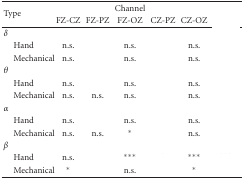
<table><thead><tr><td rowspan="2"><b>Type</b></td><td>[EMPTY_CELL]</td><td>[EMPTY_CELL]</td><td><b>Channel</b></td><td>[EMPTY_CELL]</td><td>[EMPTY_CELL]</td><td>[EMPTY_CELL]</td></tr><tr><td><b>FZ-CZ</b></td><td><b>FZ-PZ</b></td><td><b>FZ-OZ</b></td><td><b>CZ-PZ</b></td><td><b>CZ-OZ</b></td><td>[EMPTY_CELL]</td></tr></thead><tbody><tr><td><i>δ</i></td><td>[EMPTY_CELL]</td><td>[EMPTY_CELL]</td><td>[EMPTY_CELL]</td><td>[EMPTY_CELL]</td><td>[EMPTY_CELL]</td><td>[EMPTY_CELL]</td></tr><tr><td> Hand</td><td>n.s.</td><td>[EMPTY_CELL]</td><td>n.s.</td><td>[EMPTY_CELL]</td><td>n.s.</td><td>[EMPTY_CELL]</td></tr><tr><td> Mechanical</td><td>n.s.</td><td>[EMPTY_CELL]</td><td>n.s.</td><td>[EMPTY_CELL]</td><td>n.s.</td><td>[EMPTY_CELL]</td></tr><tr><td><i>θ</i></td><td>[EMPTY_CELL]</td><td>[EMPTY_CELL]</td><td>[EMPTY_CELL]</td><td>[EMPTY_CELL]</td><td>[EMPTY_CELL]</td><td>[EMPTY_CELL]</td></tr><tr><td> Hand</td><td>n.s.</td><td>[EMPTY_CELL]</td><td>n.s.</td><td>[EMPTY_CELL]</td><td>n.s.</td><td>[EMPTY_CELL]</td></tr><tr><td> Mechanical</td><td>n.s.</td><td>n.s.</td><td>n.s.</td><td>[EMPTY_CELL]</td><td>n.s.</td><td>[EMPTY_CELL]</td></tr><tr><td><i>α</i></td><td>[EMPTY_CELL]</td><td>[EMPTY_CELL]</td><td>[EMPTY_CELL]</td><td>[EMPTY_CELL]</td><td>[EMPTY_CELL]</td><td>[EMPTY_CELL]</td></tr><tr><td> Hand</td><td>n.s.</td><td>[EMPTY_CELL]</td><td>n.s.</td><td>[EMPTY_CELL]</td><td>n.s.</td><td>[EMPTY_CELL]</td></tr><tr><td> Mechanical</td><td>n.s.</td><td>n.s.</td><td>*</td><td>[EMPTY_CELL]</td><td>n.s.</td><td>[EMPTY_CELL]</td></tr><tr><td><i>β</i></td><td>[EMPTY_CELL]</td><td>[EMPTY_CELL]</td><td>[EMPTY_CELL]</td><td>[EMPTY_CELL]</td><td>[EMPTY_CELL]</td><td>[EMPTY_CELL]</td></tr><tr><td> Hand</td><td>n.s.</td><td>[EMPTY_CELL]</td><td>***</td><td>[EMPTY_CELL]</td><td>***</td><td>[EMPTY_CELL]</td></tr><tr><td> Mechanical</td><td>*</td><td>[EMPTY_CELL]</td><td>n.s.</td><td>[EMPTY_CELL]</td><td>*</td><td>[EMPTY_CELL]</td></tr></tbody></table>